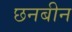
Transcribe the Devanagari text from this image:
छनबीन